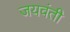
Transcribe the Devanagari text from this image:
जयवंती